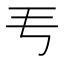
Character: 𬺵